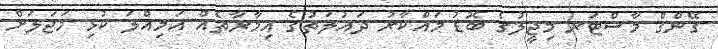
ގޭންގް މާސްޓަރ މިޖީލުގެ ބޮޑު މައްކާރު ދައުލަތުގެ އިމާރާތެއް އަމިއްލަ ކުޅި މަޖަލަށް